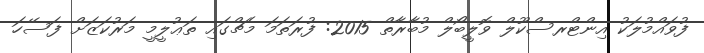
ފުވައްމުލަކު އިންޓްރސްކޫލް ވޮލީބޯލް މުބާރާތް 2015: ފުރަތަމަ މެޗްގައި ތަޢުލީމީ މަރުކަޒަށް ފަސޭހަ